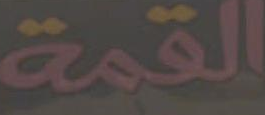
القمة